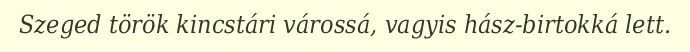
Szeged török kincstári várossá, vagyis hász-birtokká lett.